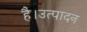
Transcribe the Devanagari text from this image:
है।उत्पादन